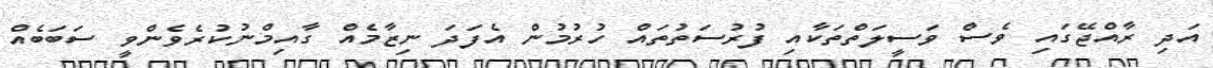
އަދި ރާއްޖޭގައި ވެސް ވަސީލަތްތަކާއި ފުރުސަތުތައް ހުރުމުން އެފަދަ ނިޒާމެއް ގާއިމްނުކުރެވެންވީ ސަބަބެއް